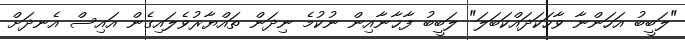
"ލަބީބު އަހަންނާ ވާހަކަދައްކަބަލަ" ލަބީބު ފާޚާނާއިން ނުކުމެ ނިދަން ތައްޔާރުވެލައިގެން އައިސް އެނދަށް